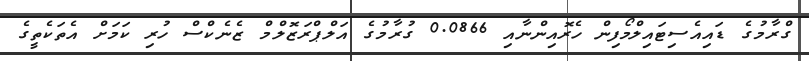
ގްރާމުގެ ޑައިއެސިޓައިލްމޯފިން ހެރޮއިންނާއި 0.0866 ގުރާމުގެ އަލްޕްރަޒޮލްމް ޒެނެކްސް ހުރި ކަމަށް އެތަކެތީގެ